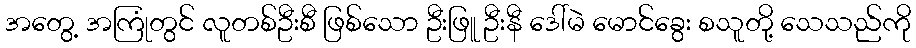
အတွေ့ အကြုံတွင် လူတစ်ဦးစီ ဖြစ်သော ဦးဖြူ ဦးနီ ဒေါ်မဲ မောင်ခွေး စသူတို့ သေသည်ကို